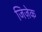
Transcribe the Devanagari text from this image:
जिज़ेक